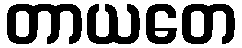
တာယတေ